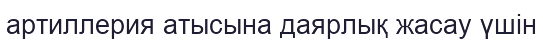
артиллерия атысына даярлық жасау үшін